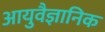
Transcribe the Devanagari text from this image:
आयुवैज्ञानिक